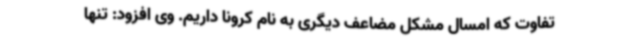
تفاوت که امسال مشکل مضاعف دیگری به نام کرونا داریم. وی افزود: تنها